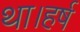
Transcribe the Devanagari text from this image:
था।हर्ष